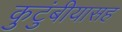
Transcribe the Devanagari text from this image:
कुटुंबीयासह